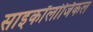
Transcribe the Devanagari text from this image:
साइकॉलोजिकल